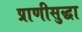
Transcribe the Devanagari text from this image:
प्राणीसुद्धा